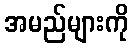
အမည်များကို